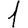
Digit: 1